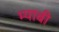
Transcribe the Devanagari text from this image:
म्याबी